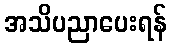
အသိပညာပေးရန်